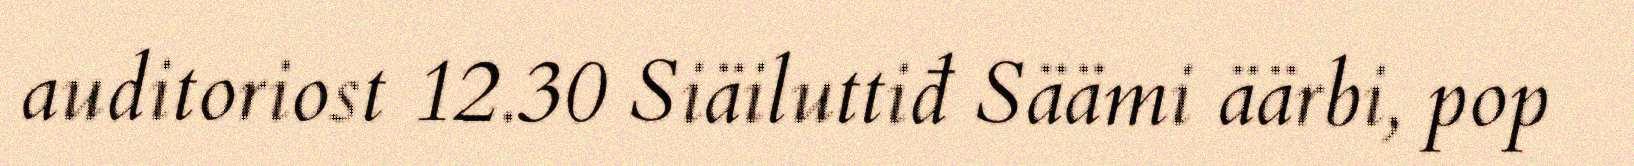
auditoriost 12.30 Siäiluttiđ Säämi äärbi, pop